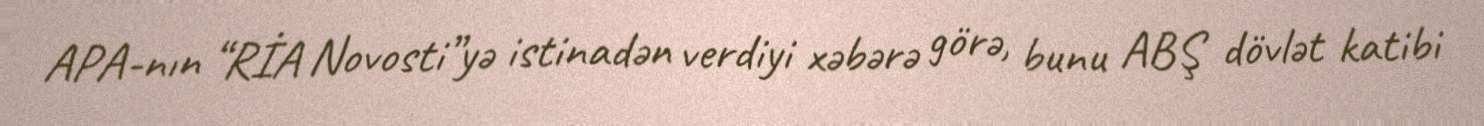
APA-nın “RİA Novosti”yə istinadən verdiyi xəbərə görə, bunu ABŞ dövlət katibi